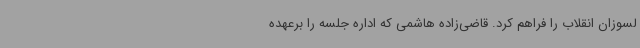
لسوزان انقلاب را فراهم کرد. قاضی‌زاده هاشمی که اداره جلسه را برعهده